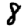
Digit: 8